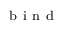
_ { \mathrm { ~ b ~ i ~ n ~ d ~ } }